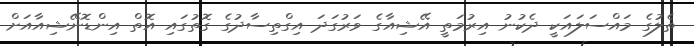
ތެލުގެ މައްސަލައަކީ ދެކުނު އިރުމަތީ އޭޝިއާގެ ވަރުގަދަ އިގްތިސާދުގެ ގޮތުގައި އޮތް އިންޑޮނޭޝިއާއަށް